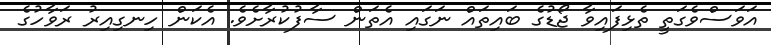
އަވަސްވެގަތީ ތެޅިފައިވާ ޖޯޑުގެ ބައިތައް ނަގައި އެތަން ސާފުކުރާށެވެ. އެކަން ހިނގިއިރު ރަވާހުގެ